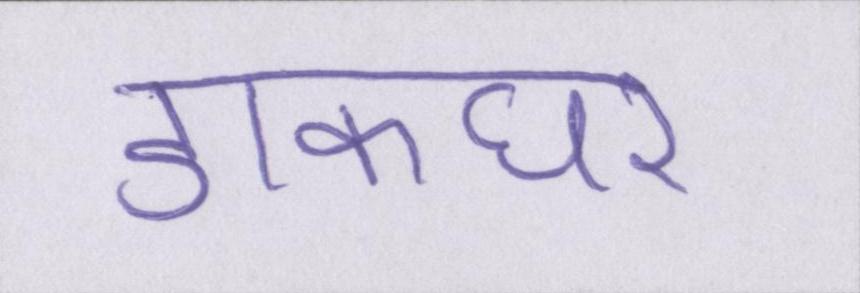
डाकघर